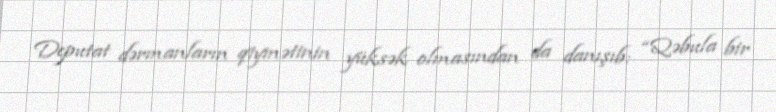
Deputat dərmanların qiymətinin yüksək olmasından da danışıb: “Qəbula bir